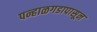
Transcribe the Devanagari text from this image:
पन्हाळगडापासून